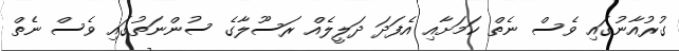
ގުރުއާނުގައި ވެސް ނެތް ކަމަށާއި އެފަދަ ދަލީލެއް ރަސޫލާގެ ސުންނަތުގައި ވެސް ނެތް